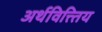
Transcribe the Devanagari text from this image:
अर्थवित्त्तिय